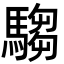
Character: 騶